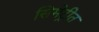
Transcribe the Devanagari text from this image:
सिमेट्रीत